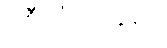
ဝစီသံဟာရော